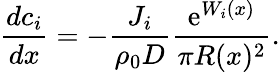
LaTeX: \frac{dc_{i}}{dx}=-\frac{J_{i}}{\rho_{0}D}\frac{\mathrm{e}^{W_{i}(x)}}{\pi R(x)^{2}}.